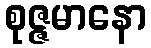
စုဇ္ဇမာနော